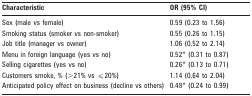
<table><thead><tr><td><b>Characteristic</b></td><td><b>OR (95% CI)</b></td></tr></thead><tbody><tr><td>Sex (male vs female)</td><td>0.59 (0.23 to 1.56)</td></tr><tr><td>Smoking status (smoker vs non-smoker)</td><td>0.55 (0.26 to 1.15)</td></tr><tr><td>Job title (manager vs owner)</td><td>1.06 (0.52 to 2.14)</td></tr><tr><td>Menu in foreign language (yes vs no)</td><td>0.52* (0.31 to 0.87)</td></tr><tr><td>Selling cigarettes (yes vs no)</td><td>0.26* (0.13 to 0.71)</td></tr><tr><td>Customers smoke, % (&gt;21% vs ⩽20%)</td><td>1.14 (0.64 to 2.04)</td></tr><tr><td>Anticipated policy effect on business (decline vs others)</td><td>0.48* (0.24 to 0.99)</td></tr></tbody></table>